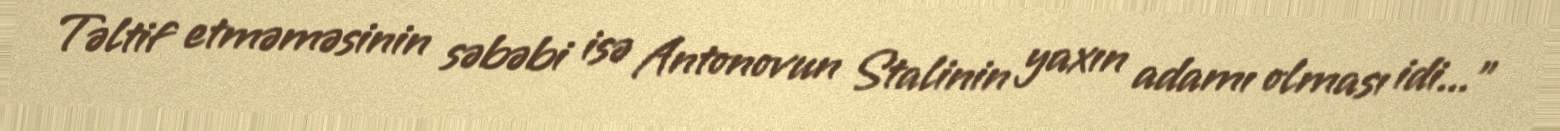
Təltif etməməsinin səbəbi isə Antonovun Stalinin yaxın adamı olması idi...”